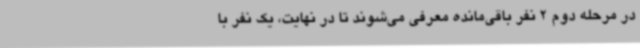
در مرحله دوم 2 نفر باقی‌مانده معرفی می‌شوند تا در نهایت، یک نفر با